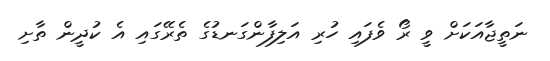
ނަތީޖާއަކަށް ވީ ރޯ ވެފައި ހުރި އަލިފާންގަނޑުގެ ތެރޭގައި އެ ކުދީން ތާށި